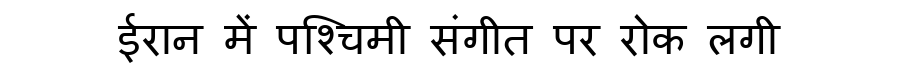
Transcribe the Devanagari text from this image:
ईरान में पश्चिमी संगीत पर रोक लगी